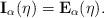
LaTeX: \begin{align*}\mathbf{I}_\alpha(\eta) = \mathbf{E}_\alpha(\eta).\end{align*}